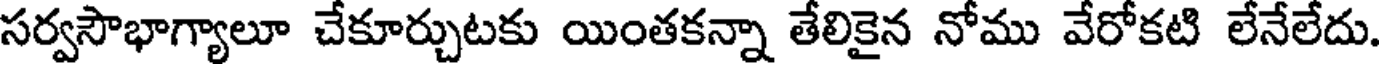
సర్వసౌభాగ్యాలూ చేకూర్చుటకు యింతకన్నా తేలికైన నోము వేరోకటి లేనేలేదు.